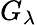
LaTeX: G_{\lambda}